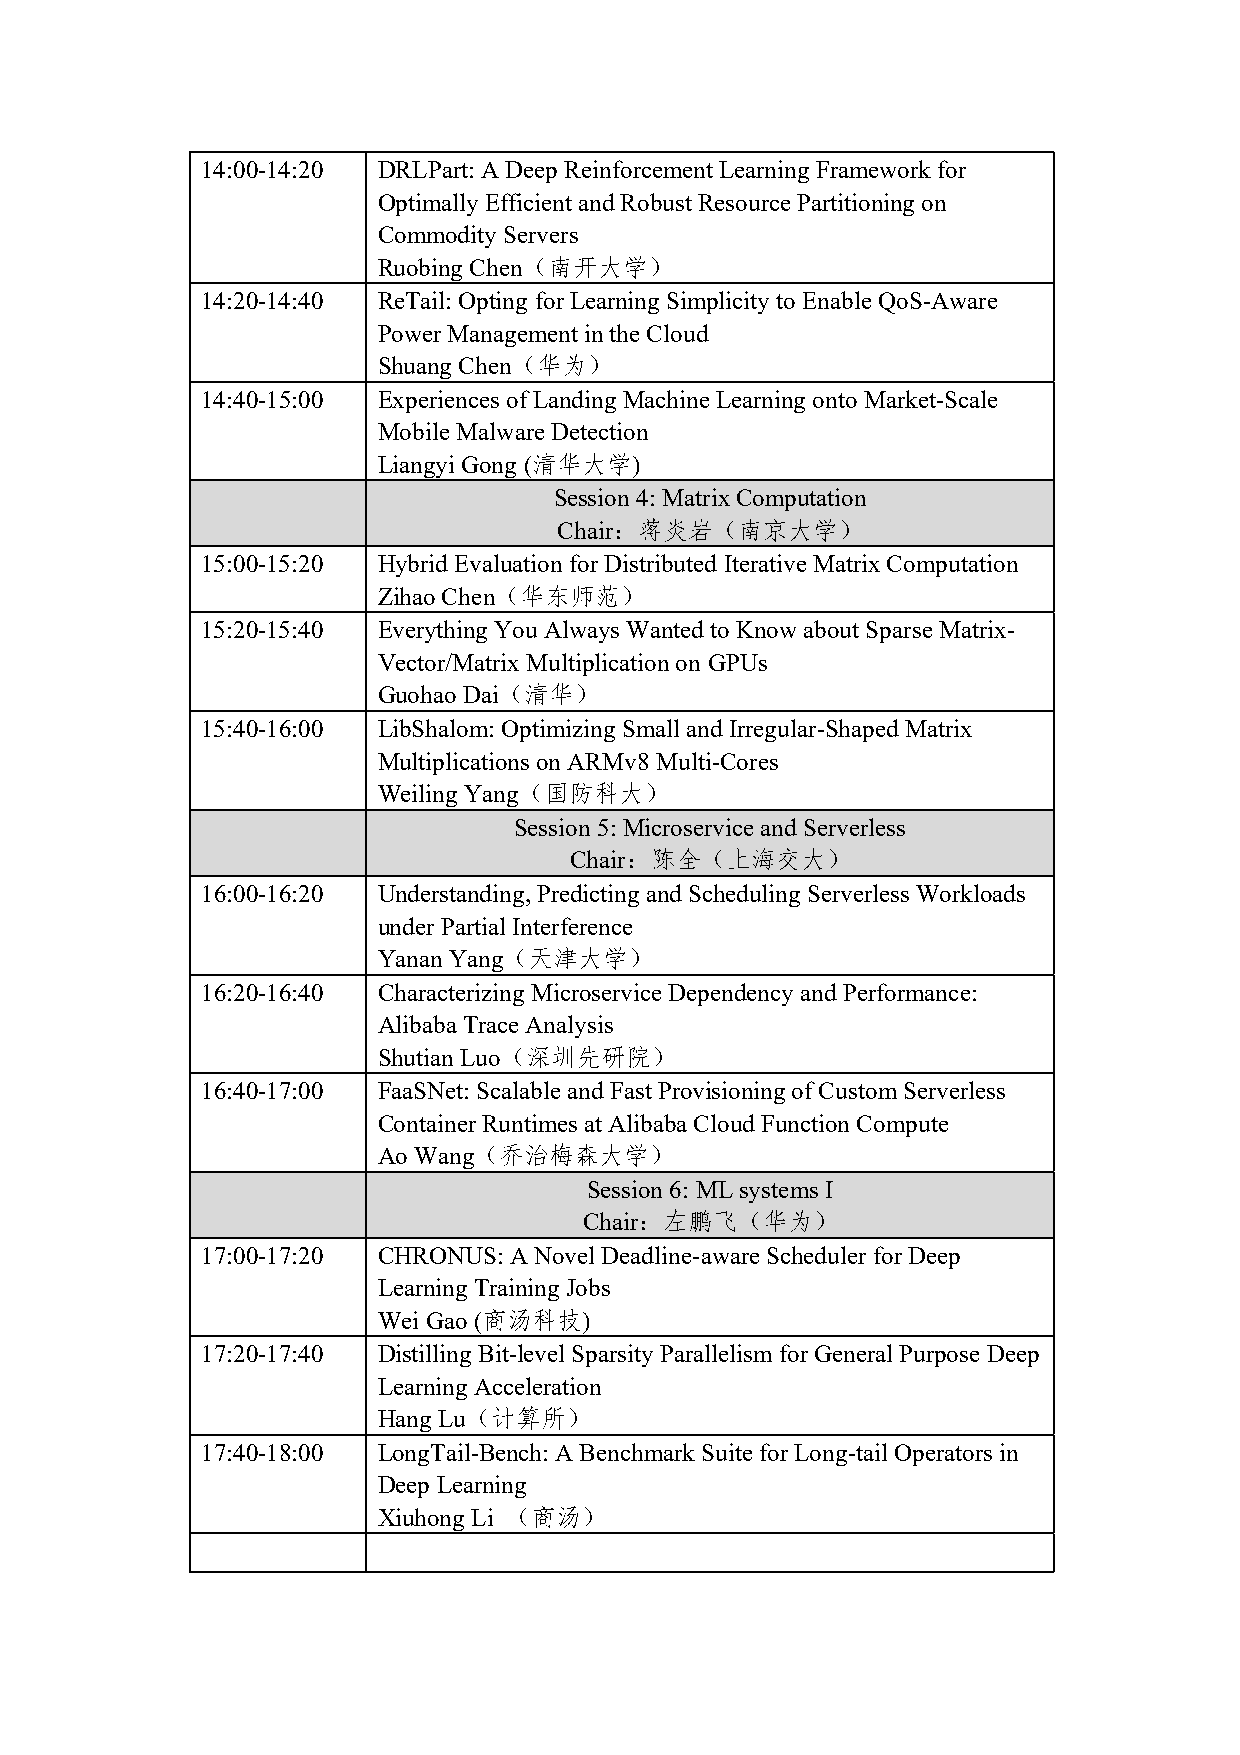
14:00-14:20 DRLPart: A Deep Reinforcement Learning Framework for
 Optimally Efficient and Robust Resource Partitioning on
 Commodity Servers
 Ruobing Chen（南开大学）
 14:20-14:40 ReTail: Opting for Learning Simplicity to Enable QoS-Aware
 Power Management in the Cloud
 Shuang Chen（华为）
 14:40-15:00 Experiences of Landing Machine Learning onto Market-Scale
 Mobile Malware Detection
 Liangyi Gong (清华大学)
 Session 4: Matrix Computation
 Chair：蒋炎岩（南京大学）
 15:00-15:20 Hybrid Evaluation for Distributed Iterative Matrix Computation
 Zihao Chen（华东师范）
 15:20-15:40 Everything You Always Wanted to Know about Sparse Matrix-
 Vector/Matrix Multiplication on GPUs
 Guohao Dai（清华）
 15:40-16:00 LibShalom: Optimizing Small and Irregular-Shaped Matrix
 Multiplications on ARMv8 Multi-Cores
 Weiling Yang（国防科大）
 Session 5: Microservice and Serverless
 Chair：陈全（上海交大）
 16:00-16:20 Understanding, Predicting and Scheduling Serverless Workloads
 under Partial Interference
 Yanan Yang（天津大学）
 16:20-16:40 Characterizing Microservice Dependency and Performance:
 Alibaba Trace Analysis
 Shutian Luo（深圳先研院）
 16:40-17:00 FaaSNet: Scalable and Fast Provisioning of Custom Serverless
 Container Runtimes at Alibaba Cloud Function Compute
 Ao Wang（乔治梅森大学）
 Session 6: ML systems I
 Chair：左鹏飞（华为）
 17:00-17:20 CHRONUS: A Novel Deadline-aware Scheduler for Deep
 Learning Training Jobs
 Wei Gao (商汤科技)
 17:20-17:40 Distilling Bit-level Sparsity Parallelism for General Purpose Deep
 Learning Acceleration
 Hang Lu（计算所）
 17:40-18:00 LongTail-Bench: A Benchmark Suite for Long-tail Operators in
 Deep Learning
 Xiuhong Li （商汤）